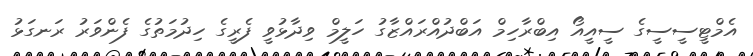
އެމްޓީސީސީގެ ސީއީއޯ އިބްރާހިމް އަބްދުއްރައްޒާގު ހަލީމް ވިދާޅުވީ ފެރީގެ ހިދުމަތުގެ ފެންވަރު ރަނގަޅު